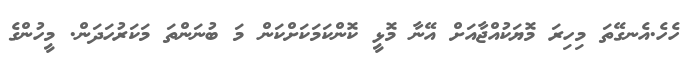
ހެހެ.އެނގޭތަ މިހިރަ މޮޔަކުއްޖާއަށް އޭނާ މޮޅީ ކޮންކަމަކަށްކަން މަ ބުނަންތަ މަކަރުހަދަން. މީހުންގެ